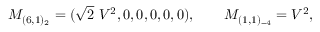
M _ { ( 6 , 1 ) _ { 2 } } = ( \sqrt { 2 } \ V ^ { 2 } , 0 , 0 , 0 , 0 , 0 ) , \qquad M _ { ( 1 , 1 ) _ { - 4 } } = V ^ { 2 } ,